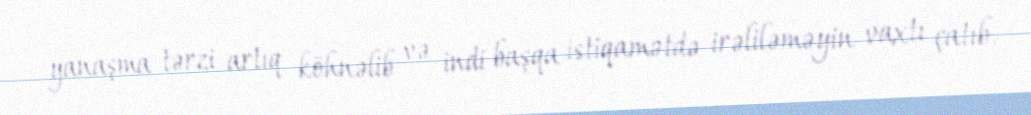
yanaşma tərzi artıq köhnəlib və indi başqa istiqamətdə irəliləməyin vaxtı çatıb.